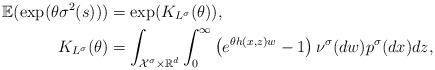
LaTeX: \begin{align*} \mathbb{E}(\exp(\theta \sigma^2(s)))&= \exp(K_{L^{\sigma}}(\theta)), \,\,\,\, \\ \, K_{L^{\sigma}}(\theta)&=\int_{\mathcal{X}^{\sigma}\times \mathbb{R}^d} \int_0^{\infty}\left(e^{\theta h(x,z) w} -1 \right)\nu^{\sigma}(dw)p^{\sigma}(dx)dz, \end{align*}